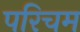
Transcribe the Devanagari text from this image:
परिचम